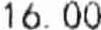
16.00